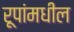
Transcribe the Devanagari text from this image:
रूपांमधील